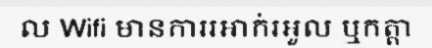
ល Wifi មានការរអាក់រអួល ឬកត្តា